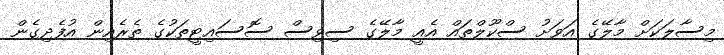
މިސާލަކަށް މާލޭގެ އަވަށު ސްކޫލްތައް އެއީ މާލޭގެ ސިވިސް ސޮސައިޓީތަކުގެ ތެރެއިން އުފެދިގެން